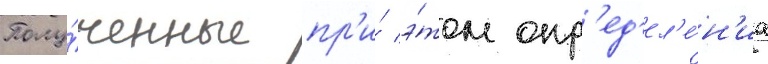
Полу́ченные пр'и́ э́том опр'ед'ел'е́н'иа